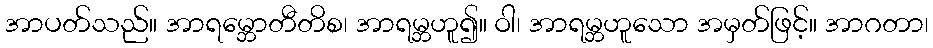
အာပတ်သည်။ အာရမ္ဘောတီတိစ၊ အာရမ္ဘဟူ၍။ ဝါ၊ အာရမ္ဘဟူသော အမှတ်ဖြင့်။ အာဂတာ၊